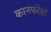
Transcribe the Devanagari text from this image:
कानफरेंसों